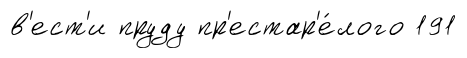
в'ест'и пруду пр'естар'е́лого 191